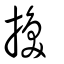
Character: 換